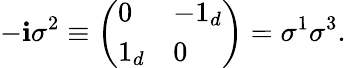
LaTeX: -\mathbf{i}\sigma^{2}\equiv\left(\begin{array}{ll}{{0}}&{{-1_{d}}}\\ {{1_{d}}}&{{0}}\end{array}\right)=\sigma^{1}\sigma^{3}.